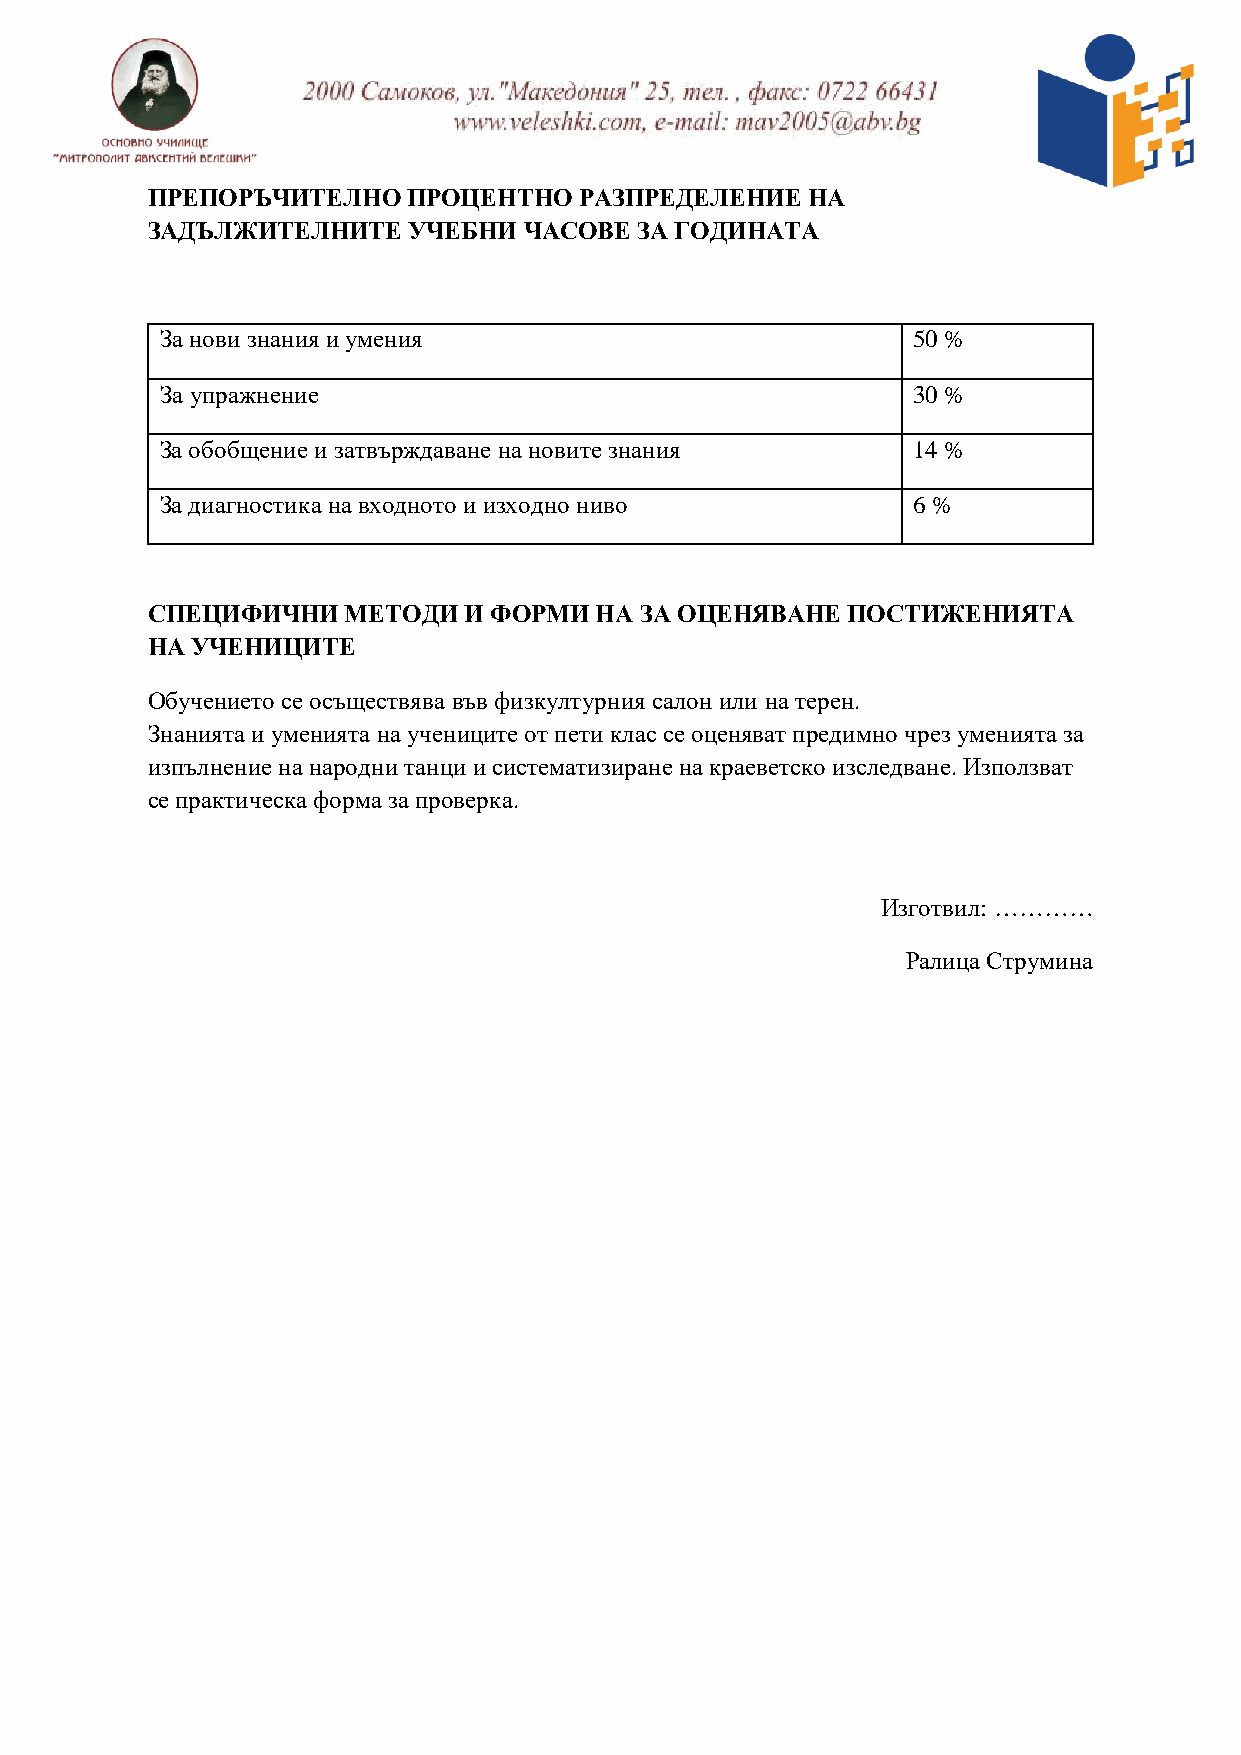
ПРЕПОРЪЧИТЕЛНО   ПРОЦЕНТНО  РАЗПРЕДЕЛЕНИЕ  НА
 ЗАДЪЛЖИТЕЛНИТЕ   УЧЕБНИ  ЧАСОВЕ ЗА ГОДИНАТА
 За нови знания и умения                          50 %
 За упражнение                                    30 %
 За обобщение и затвърждаване на новите знания    14 %
 За диагностика на входното и изходно ниво        6 %
 СПЕЦИФИЧНИ   МЕТОДИ  И ФОРМИ НА ЗА ОЦЕНЯВАНЕ  ПОСТИЖЕНИЯТА
 НА УЧЕНИЦИТЕ
 Обучението се осъществява във физкултурния салон или на терен.
 Знанията и уменията на учениците от пети клас се оценяват предимно чрез уменията за
 изпълнение на народни танци и систематизиране на краеветско изследване. Използват
 се практическа форма за проверка.
 Изготвил: …………
 Ралица Струмина